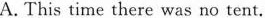
A. This time there was no tent.